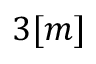
3 [ m ]